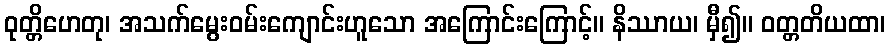
ဝုတ္တိဟေတု၊ အသက်မွေးဝမ်းကျောင်းဟူသော အကြောင်းကြောင့်။ နိဿာယ၊ မှီ၍။ ဝတ္တတိယထာ၊